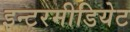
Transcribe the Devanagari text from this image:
इन्टरमीडियेट